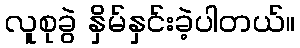
လူစုခွဲ နှိမ်နှင်းခဲ့ပါတယ်။